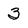
Character: 3